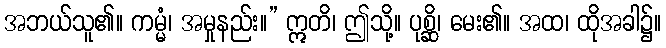
အဘယ်သူ၏။ ကမ္မံ၊ အမှုနည်း။” ဣတိ၊ ဤသို့။ ပုစ္ဆိ၊ မေး၏။ အထ၊ ထိုအခါ၌။